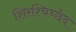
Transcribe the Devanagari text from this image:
शिरश्चिच्छेद